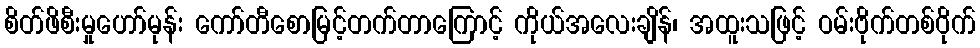
စိတ်ဖိစီးမှုဟော်မုန်း ကော်တီစောမြင့်တက်တာကြောင့် ကိုယ်အလေးချိန်၊ အထူးသဖြင့် ဝမ်းဗိုက်တစ်ဝိုက်